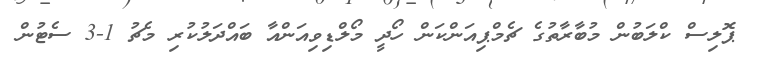
ޕޮލިސް ކްލަބުން މުބާރާތުގެ ޗެމްޕިއަންކަން ހޯދީ މޯލްޑިވިއަންއާ ބައްދަލުކުރި މެޗު 1-3 ސެޓުން